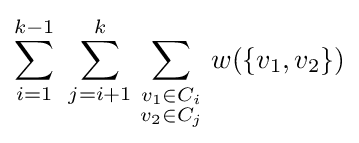
\sum _{i=1}^{k-1}\ \sum _{j=i+1}^{k}\sum _{\begin{smallmatrix}v_{1}\in C_{i}\\v_{2}\in C_{j}\end{smallmatrix}}w(\left\{v_{1},v_{2}\right\})